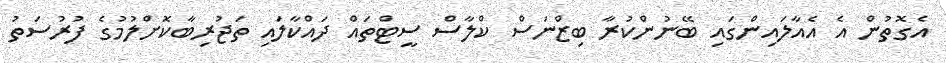
އެގޮތުން އެ އެއާލައިންގައި ބޭނުންކުރާ ބިޒްނަސް ކްލާސް ސީޓްތައް ދައްކާލައި ތަޖުރިބާކޮށްލުމުގެ ފުރުސަތު